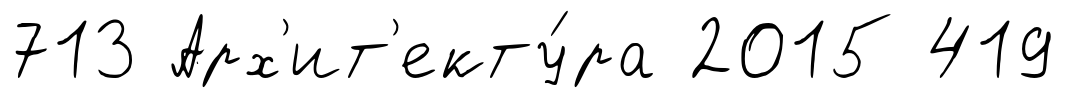
713 Арх'ит'екту́ра 2015 419